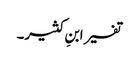
تفسیر ابنِ کثیر۔